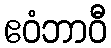
ဧဝံဘာဝီ